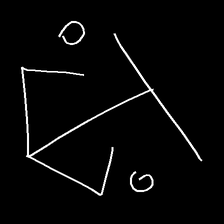
Glyph: earth